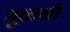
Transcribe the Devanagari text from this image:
मूळ्ची